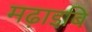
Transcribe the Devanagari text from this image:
मढ़ाइबि